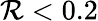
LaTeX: \mathcal{R}<0.2